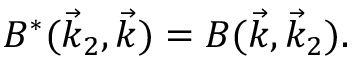
B ^ { * } ( \vec { k } _ { 2 } , \vec { k } ) = B ( \vec { k } , \vec { k } _ { 2 } ) .